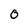
Character: 0